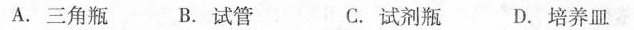
A.三角瓶 B.试管 C.试剂瓶 D.培养皿